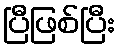
ပြီဖြစ်ပြီး